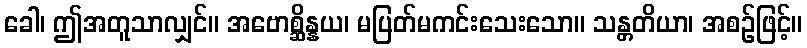
ခေါ၊ ဤအတူသာလျှင်။ အဗောစ္ဆိန္နယ၊ မပြတ်မကင်းသေးသော။ သန္တတိယာ၊ အစဉ်ဖြင့်။